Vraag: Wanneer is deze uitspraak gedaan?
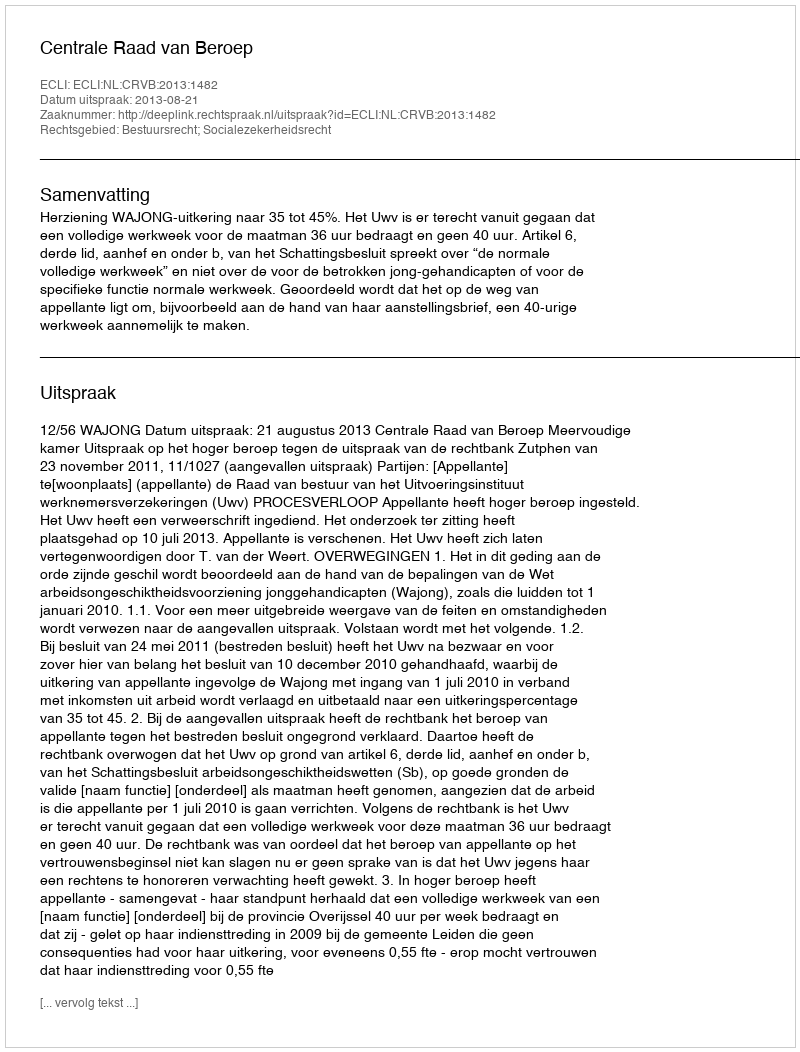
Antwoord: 2013-08-21